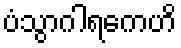
ပံသွာဂါရကေဟိ